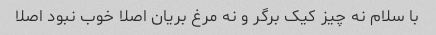
با سلام نه چیز کیک برگر و نه مرغ بریان اصلا خوب نبود اصلا